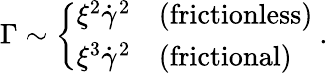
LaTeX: \Gamma\sim\left\{ \begin{array}{ll}{\xi^{2}\dot{\gamma}^{2}}&{(\mathrm{{frictionless}})}\\ {\xi^{3}\dot{\gamma}^{2}}&{(\mathrm{{frictional}})}\end{array}\right.~.